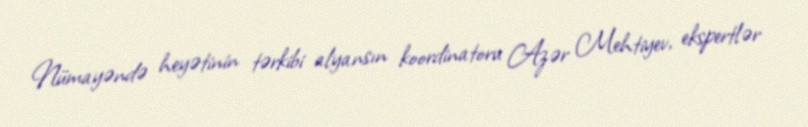
Nümayəndə heyətinin tərkibi alyansın koordinatoru Azər Mehtiyev, ekspertlər